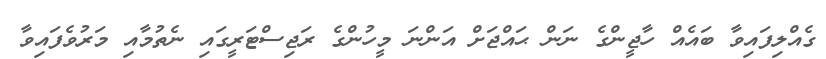
ގެއްލިފައިވާ ބައެއް ހާޖީންގެ ނަން ޙައްޖަށް އަންނަ މީހުންގެ ރަޖިސްޓަރީގައި ނެތުމާއި މަރުވެފައިވާ